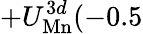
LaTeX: +U_{\mathrm{Mn}}^{3d}(-0.5